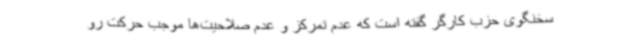
سخنگوی حزب کارگر گفته است که عدم تمرکز و عدم صلاحیت‌ها موجب حرکت رو